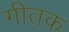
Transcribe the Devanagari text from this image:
गीतक